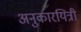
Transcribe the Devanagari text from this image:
अनुकारयित्री